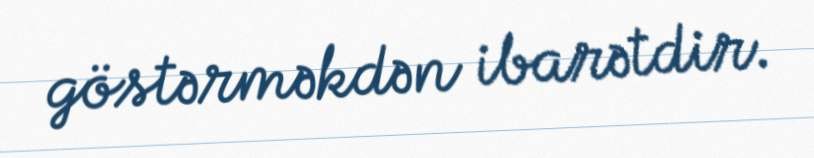
göstərməkdən ibarətdir.